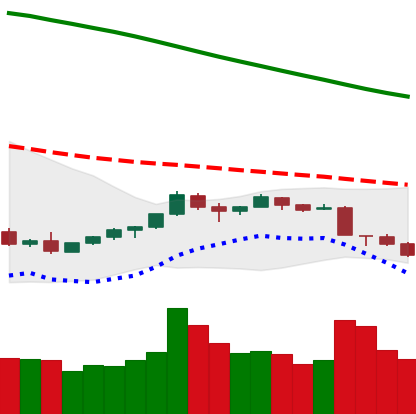
Ticker: TRX-USD
Chart end date: 2018-09-08
Forward return: 3.283%
Label: up_3_5